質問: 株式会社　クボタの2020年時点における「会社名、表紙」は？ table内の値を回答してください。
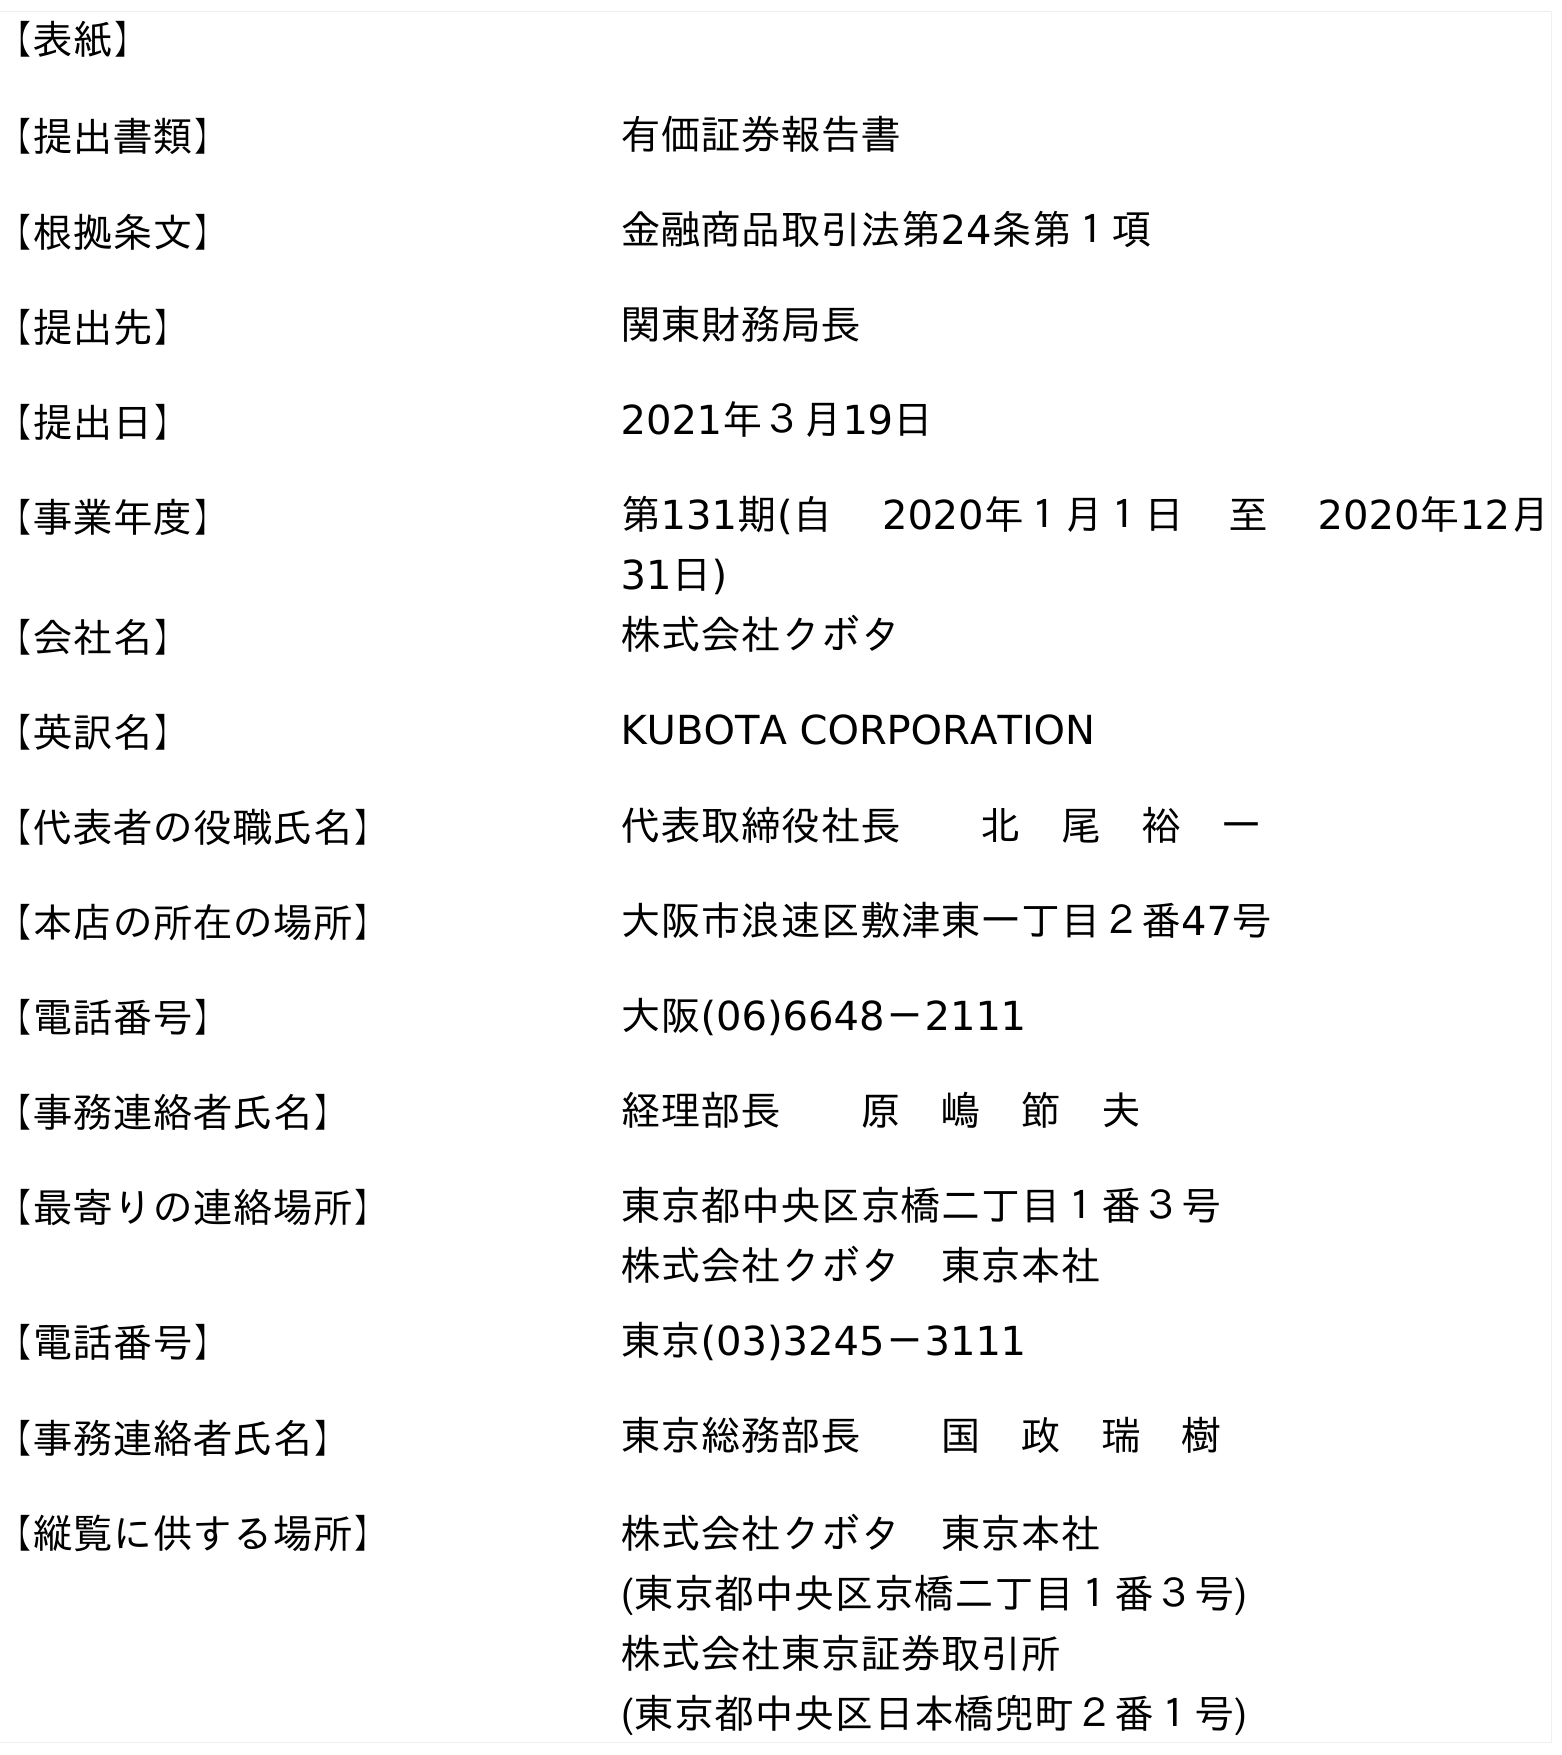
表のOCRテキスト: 【表紙】 【提出書類】 有価証券報告書 【根拠条文】 金融商品取引法第24条第１項 【提出先】 関東財務局長 【提出日】 2021年３月19日 【事業年度】 第131期(自  2020年１月１日 至  2020年12月 31日) 【会社名】 株式会社クボタ 【英訳名】 KUBOTA CORPORATION 【代表者の役職氏名】 代表取締役社長  北 尾 裕 一 【本店の所在の場所】 大阪市浪速区敷津東一丁目２番47号 【電話番号】 大阪(06)6648－2111 【事務連絡者氏名】 経理部長  原 嶋 節 夫 【最寄りの連絡場所】 東京都中央区京橋二丁目１番３号 株式会社クボタ 東京本社 【電話番号】 東京(03)3245－3111 【事務連絡者氏名】 東京総務部長  国 政 瑞 樹 【縦覧に供する場所】 株式会社クボタ 東京本社 (東京都中央区京橋二丁目１番３号) 株式会社東京証券取引所 (東京都中央区日本橋兜町２番１号)
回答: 株式会社クボタ